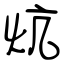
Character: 炕